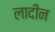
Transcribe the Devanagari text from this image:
लादीन